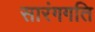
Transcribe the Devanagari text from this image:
सारंगगति